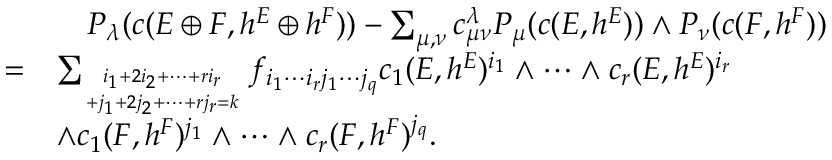
\begin{array} { r l } & { \quad P _ { \lambda } ( c ( E \oplus F , h ^ { E } \oplus h ^ { F } ) ) - \sum _ { \mu , \nu } c _ { \mu \nu } ^ { \lambda } P _ { \mu } ( c ( E , h ^ { E } ) ) \wedge P _ { \nu } ( c ( F , h ^ { F } ) ) } \\ { = } & { \sum _ { i _ { 1 } + 2 i _ { 2 } + \cdots + r i _ { r } \atop + j _ { 1 } + 2 j _ { 2 } + \cdots + r j _ { r } = k } f _ { i _ { 1 } \cdots i _ { r } j _ { 1 } \cdots j _ { q } } c _ { 1 } ( E , h ^ { E } ) ^ { i _ { 1 } } \wedge \cdots \wedge c _ { r } ( E , h ^ { E } ) ^ { i _ { r } } } \\ & { \wedge c _ { 1 } ( F , h ^ { F } ) ^ { j _ { 1 } } \wedge \cdots \wedge c _ { r } ( F , h ^ { F } ) ^ { j _ { q } } . } \end{array}